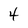
Character: 4